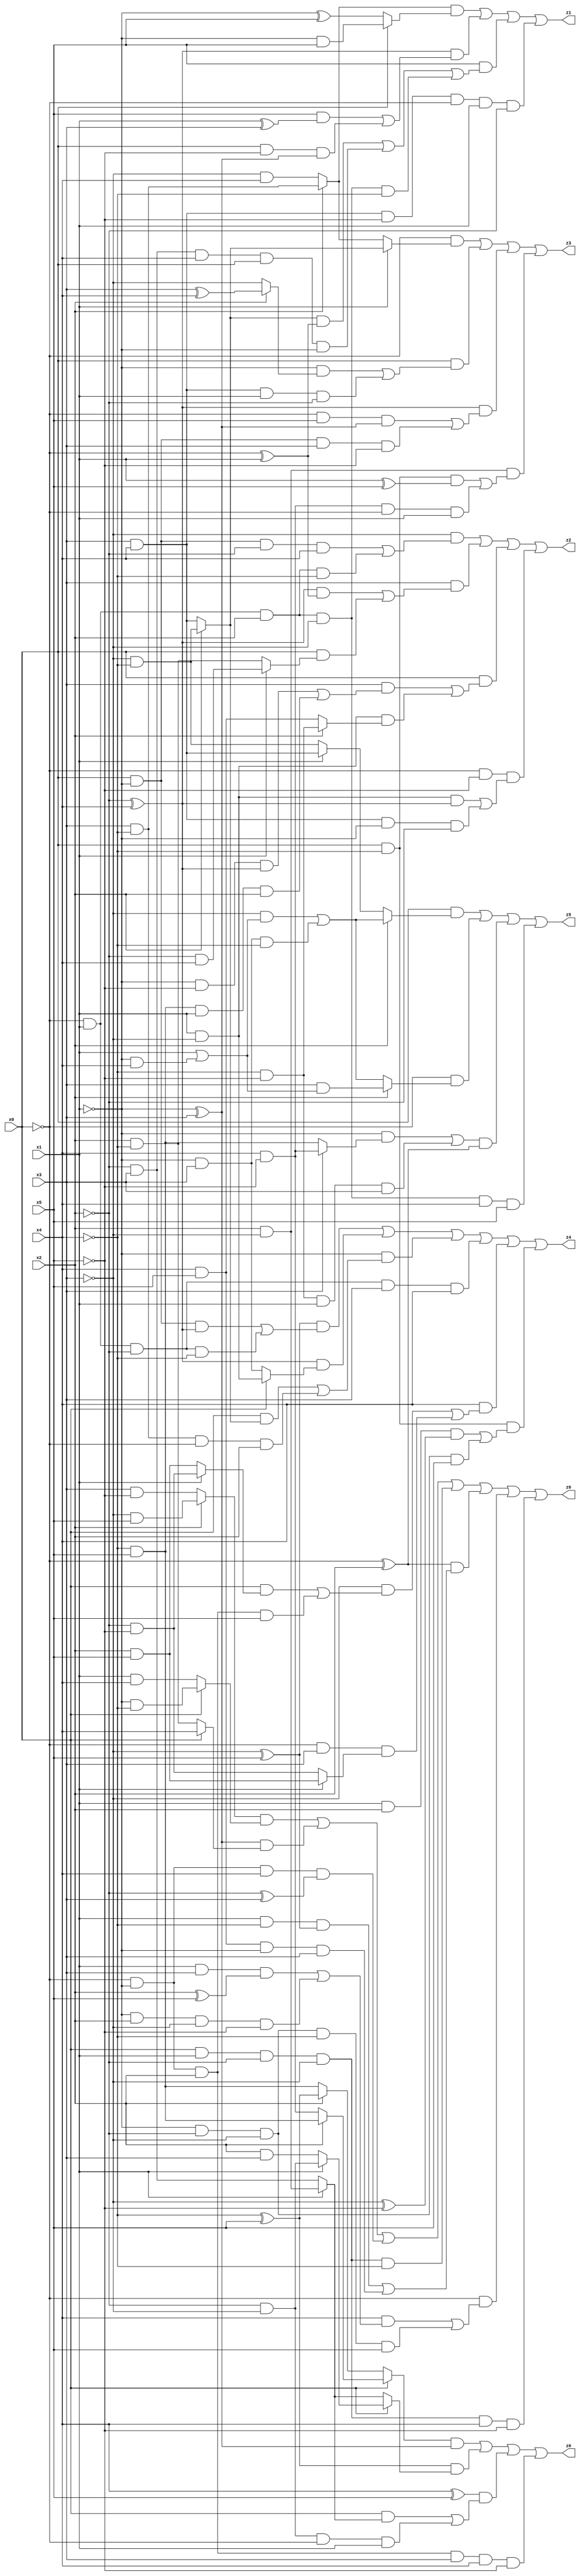
// Benchmark "X_46" written by ABC on Thu Jun 29 21:47:25 2023

module X_46 ( 
    x0, x1, x2, x3, x4, x5,
    z0, z1, z2, z3, z4, z5, z6  );
  input  x0, x1, x2, x3, x4, x5;
  output z0, z1, z2, z3, z4, z5, z6;
  assign z0 = ((x0 ? (x2 ? (~x4 & x5) : (x4 & ~x5)) : (x2 ? (~x4 ^ x5) : (~x4 & x5))) & (~x1 ^ x3)) | ((~x4 ^ x5) & (x0 ? (x1 ? (~x2 & ~x3) : (x2 & x3)) : (x1 ? (x2 & ~x3) : (~x2 & x3)))) | ((x4 ^ x5) & ((x0 & (x1 ? (x2 & ~x3) : (~x2 & x3))) | (~x2 & ~x3 & ~x0 & x1))) | (~x0 & ~x1 & x2 & x3 & x4 & ~x5);
  assign z1 = ((x2 ? (x3 & ~x4) : (~x3 & x4)) & (x0 ? (~x1 & x5) : (~x1 ^ x5))) | ((~x2 ^ x4) & ((x5 & (x1 ^ x3)) | (x0 & ~x5 & (~x1 ^ x3)))) | (x5 & (((x2 ? (~x3 & ~x4) : (x3 & x4)) & (~x0 ^ x1)) | (~x2 & x3 & x4 & x0 & ~x1) | (~x0 & x1 & x2 & ~x3 & ~x4))) | (x3 & x4 & ~x5 & ~x0 & x1 & ~x2);
  assign z2 = (~x3 & ((x0 & ~x1 & ~x2 & x4) | (~x0 & x1 & x2 & ~x4))) | (x3 & (((~x2 ^ x4) & (~x0 ^ x1)) | (x0 & (x1 ? (~x2 & x4) : (x2 & ~x4))))) | (x0 & ((x3 & ((~x1 & ~x5 & (~x2 ^ x4)) | (~x4 & x5 & x1 & x2))) | (x1 & ~x3 & (x2 ? (~x4 & ~x5) : (x4 & x5))))) | (~x0 & ~x5 & ((x1 & ~x3 & (~x2 ^ x4)) | (x3 & x4 & ~x1 & ~x2)));
  assign z3 = (~x0 & (x1 ? (x2 ? (~x3 & ~x4) : (x3 & x4)) : (x2 ? (x3 & ~x4) : (~x3 & x4)))) | (x0 & ((~x1 & (x2 ? (x3 ^ x4) : ~x3)) | (x3 & x4 & x1 & ~x2))) | ((~x2 ^ x4) & ((~x0 & x5 & (~x1 ^ x3)) | (x0 & ~x1 & x3 & ~x5))) | (x2 & ~x3 & ((x0 & ~x4 & (x1 ^ x5)) | (x4 & ~x5 & ~x0 & x1)));
  assign z4 = ((~x3 ^ x5) & ((x0 & ~x1 & (~x2 ^ x4)) | (~x0 & x1 & ~x2 & ~x4))) | ((~x2 ^ x4) & (x0 ? (x1 & ~x3) : (~x1 & x3))) | (~x1 & ((x0 & (x2 ? (~x3 & ~x4) : (x3 & x4))) | (x3 & ~x4 & ~x0 & x2))) | (~x0 & x1 & ~x2 & x3 & x4) | (x4 & ((~x3 & ((x0 & (x1 ? (~x2 & ~x5) : (x2 & x5))) | (~x0 & ~x1 & x2 & x5))) | (~x0 & x3 & (x1 ? (x2 & x5) : (~x2 & ~x5))))) | (x0 & ~x4 & ((x1 & x2 & (~x3 ^ ~x5)) | (~x1 & ~x2 & ~x3 & x5)));
  assign z5 = (x0 & (x2 ? ((~x3 & (x1 | (~x1 & x4))) | (~x1 & x3 & ~x4)) : (x1 ? (x3 & x4) : (~x3 & ~x4)))) | (~x0 & (x2 ? (x3 & (x1 | (~x1 & x4))) : ((~x3 & (x1 | (~x1 & x4))) | (~x1 & x3 & ~x4)))) | (((~x1 & (x3 ? (x4 & ~x5) : (~x4 & x5))) | (~x4 & ~x5 & x1 & x3)) & (~x0 ^ x2)) | (~x0 & x1 & x2 & ~x3 & x4 & x5);
  assign z6 = ((x2 ? (~x3 & x5) : (x3 & ~x5)) & (x0 ? (~x1 & ~x4) : (x1 & x4))) | ((~x1 ^ x3) & (x0 ? x4 : (x2 & ~x4))) | (~x0 & ~x1 & x4 & (~x2 ^ x3)) | (x0 & x1 & ~x2 & ~x3 & ~x4) | ((~x0 ^ x2) & ((x1 & ~x4 & (~x3 ^ x5)) | (x4 & x5 & ~x1 & x3))) | (~x0 & ((x4 & ((x1 & x3 & (x2 ^ x5)) | (~x1 & x2 & ~x3 & ~x5))) | (~x1 & ~x2 & ~x3 & ~x4 & x5))) | (x0 & x1 & ~x2 & ~x3 & x4 & ~x5);
endmodule